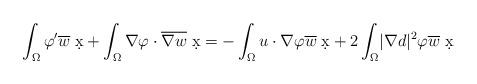
LaTeX: \begin{align*} \int_{\Omega} \varphi^{\prime} \overline{w} \; \d x + \int_{\Omega} \nabla \varphi \cdot \overline{\nabla w} \; \d x = - \int_{\Omega} u \cdot \nabla \varphi \overline{w} \; \d x + 2 \int_{\Omega} \lvert \nabla d \rvert^2 \varphi \overline{w} \; \d x\end{align*}